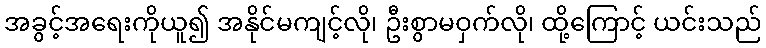
အခွင့်အရေးကိုယူ၍ အနိုင်မကျင့်လို၊ ဦးစွာမဝှက်လို၊ ထို့ကြောင့် ယင်းသည်